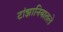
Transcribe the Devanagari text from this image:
टांझानियातले